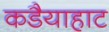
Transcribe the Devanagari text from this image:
कडैयाहाट